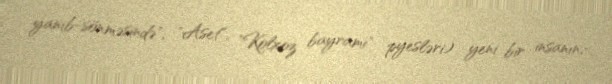
yanıb-sönməsində", "Aset", "Kolxoz bayramı" pyesləri) yeni bir insanın,-